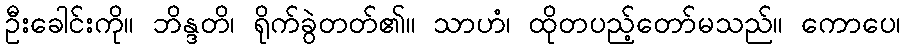
ဦးခေါင်းကို။ ဘိန္ဒတိ၊ ရိုက်ခွဲတတ်၏။ သာဟံ၊ ထိုတပည့်တော်မသည်။ ကောပေ၊